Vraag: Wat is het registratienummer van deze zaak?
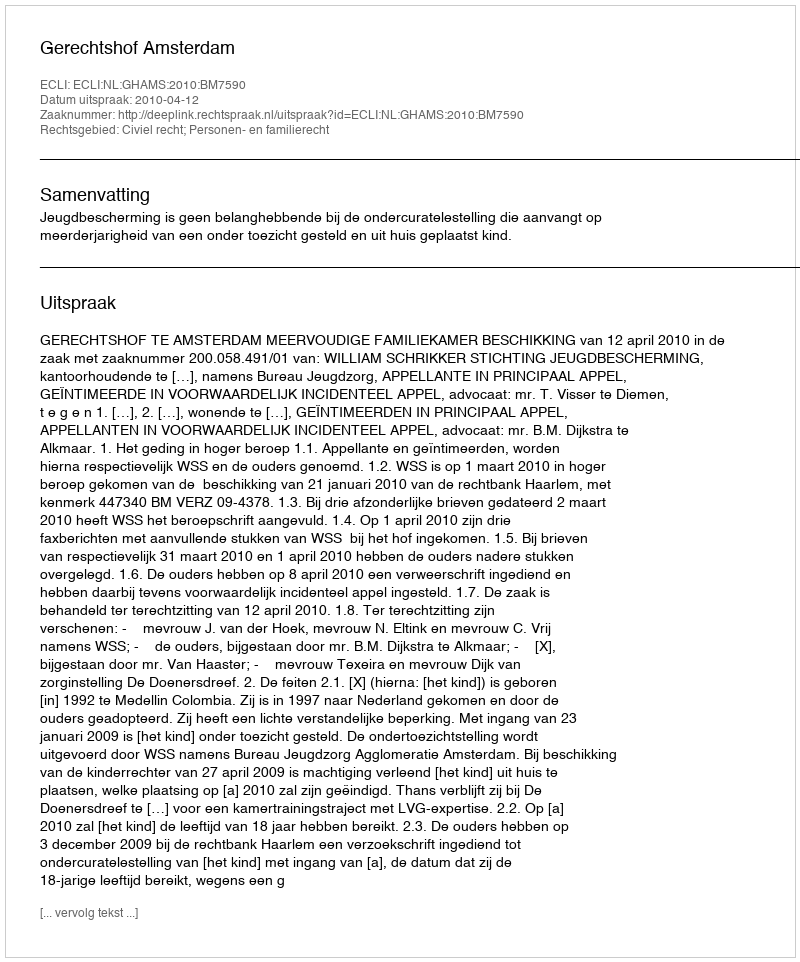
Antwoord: http://deeplink.rechtspraak.nl/uitspraak?id=ECLI:NL:GHAMS:2010:BM7590